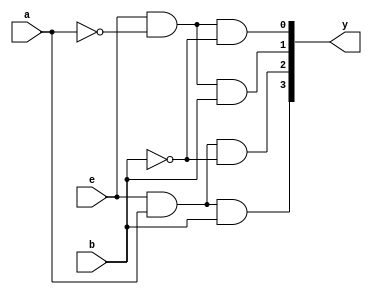
module dec_2to4(a, b, e, y);

    input a, b, e;
    output [3:0] y;

    assign y[0] = e & ~a & ~b;
    assign y[1] = e & ~a & b;
    assign y[2] = e & a & ~b;
    assign y[3] = e & a & b;

endmodule